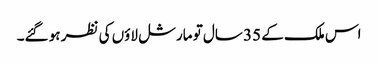
اس ملک کے 35 سال تو مارشل لاؤں کی نظر ہو گئے۔